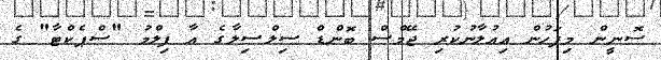
ސޮނީން މިފަހުން އިއުލާނުކުރި ޖޭމްސް ބޮންޑް ސިލްސިލާގެ އާ ފިލްމު "ސްޕެކްޓާ" ގެ